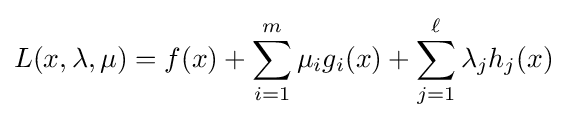
L(x,\lambda ,\mu )=f(x)+\sum _{i=1}^{m}\mu _{i}g_{i}(x)+\sum _{j=1}^{\ell }\lambda _{j}h_{j}(x)